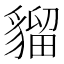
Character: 𧳽